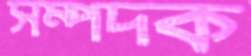
সম্পদক